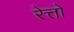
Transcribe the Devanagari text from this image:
रेत्तो